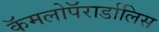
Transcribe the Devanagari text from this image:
कॅमलोपॅरार्डालिस